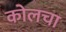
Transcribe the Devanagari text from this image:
कोलचा